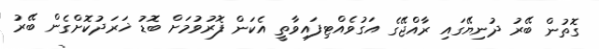
ގޮތުން ބޭރު ދުނިޔޭގައި ރާއްޖޭގެ އަގުވެއްޓިފައިވާތީ އެކަން ފޮރުވުމަށް ބޮޑު ޚަރަދުކޮށްގެން ބޭރު